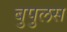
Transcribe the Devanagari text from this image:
बुपुलस